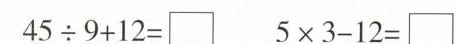
$$4 5 \div 9 +1 2=$$ 5 \times 3 - 1 2= \Box$$